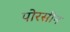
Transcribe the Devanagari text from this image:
पोरसीन